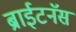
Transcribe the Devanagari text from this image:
ब्राईटनॅस